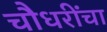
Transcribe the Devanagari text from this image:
चौधरींचा